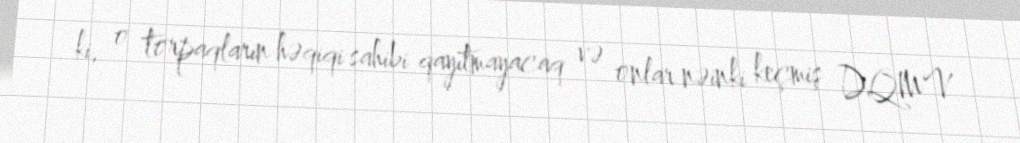
ki, o torpaqların həqiqi sahibi qayıtmayacaq və onlar nəinki keçmiş DQMV